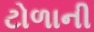
ટોળાની